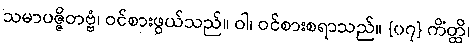
သမာပဇ္ဇိတဗ္ဗံ၊ ဝင်စားဖွယ်သည်။ ဝါ၊ ဝင်စားစရာသည်။ {၀၇} ကိံတ္ထိ၊